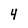
Character: 4